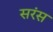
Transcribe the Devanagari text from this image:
सरंस